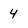
Character: 4